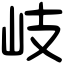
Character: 岐